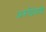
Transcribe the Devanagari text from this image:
अरूढ़िवादी